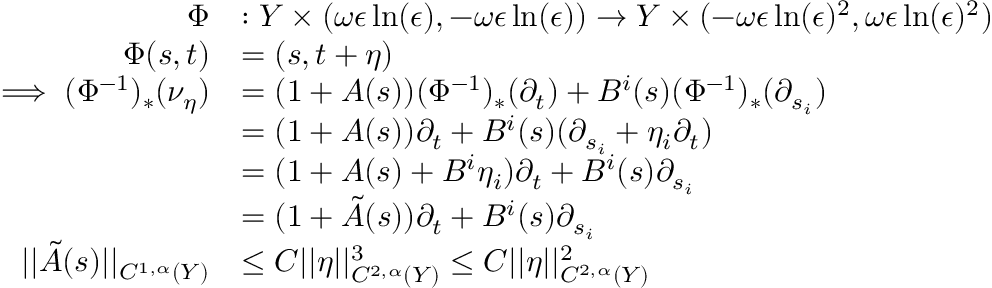
\begin{array} { r l } { \Phi } & { : Y \times ( \omega \epsilon \ln ( \epsilon ) , - \omega \epsilon \ln ( \epsilon ) ) \to Y \times ( - \omega \epsilon \ln ( \epsilon ) ^ { 2 } , \omega \epsilon \ln ( \epsilon ) ^ { 2 } ) } \\ { \Phi ( s , t ) } & { = ( s , t + \eta ) } \\ { \implies ( \Phi ^ { - 1 } ) _ { * } ( \nu _ { \eta } ) } & { = ( 1 + A ( s ) ) ( \Phi ^ { - 1 } ) _ { * } ( \partial _ { t } ) + B ^ { i } ( s ) ( \Phi ^ { - 1 } ) _ { * } ( \partial _ { s _ { i } } ) } \\ & { = ( 1 + A ( s ) ) \partial _ { t } + B ^ { i } ( s ) ( \partial _ { s _ { i } } + \eta _ { i } \partial _ { t } ) } \\ & { = ( 1 + A ( s ) + B ^ { i } \eta _ { i } ) \partial _ { t } + B ^ { i } ( s ) \partial _ { s _ { i } } } \\ & { = ( 1 + \tilde { A } ( s ) ) \partial _ { t } + B ^ { i } ( s ) \partial _ { s _ { i } } } \\ { | | \tilde { A } ( s ) | | _ { C ^ { 1 , \alpha } ( Y ) } } & { \leq C | | \eta | | _ { C ^ { 2 , \alpha } ( Y ) } ^ { 3 } \leq C | | \eta | | _ { C ^ { 2 , \alpha } ( Y ) } ^ { 2 } } \end{array}